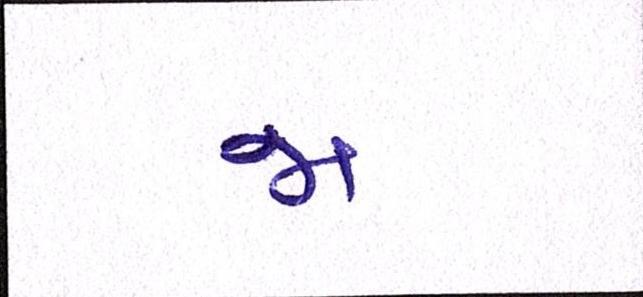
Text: જા